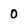
Character: 0